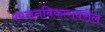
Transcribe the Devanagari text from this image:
श्वसनविकारावरील